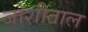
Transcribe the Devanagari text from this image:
जोशीताल